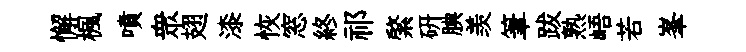
懈楓噴衆翅漆恢窓終祁綮研腆羡筆跋熟峿若峯